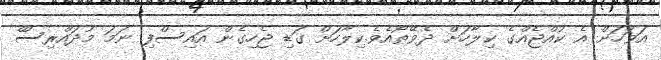
އަވަހަށް އެ ކުއްޖެއްގެ ކިލާހަށް ދެވޭތޯއެވެ.ކިލާހަށް ގަޑި ޖެހިގެން އައިސްފި ނަމަ މުދައްރިސްް